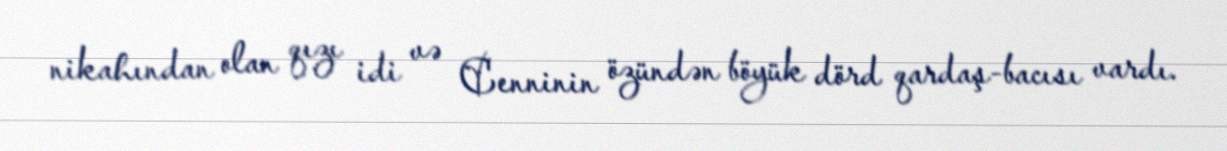
nikahından olan qızı idi və Cenninin özündən böyük dörd qardaş-bacısı vardı.